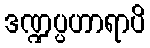
ဒဏ္ဍပ္ပဟာရာပိ